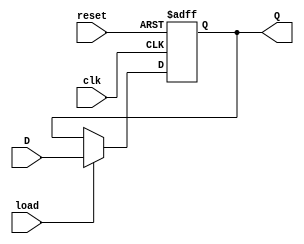
`timescale 1ns / 1ps
//////////////////////////////////////////////////////////////////////////////////
// Company: 
// Engineer: 
// 
// Design Name: 
// Module Name: register
// Project Name: 
// Target Devices: 
// Tool Versions: 
// Description: 
// 
// Dependencies: 
// 
// Revision:
// Revision 0.01 - File Created
// Additional Comments:
// 
//////////////////////////////////////////////////////////////////////////////////


module register(
   input clk , load , reset ,
   input [7:0] D ,
   output reg [7:0] Q 
    );
    always @ ( negedge clk or negedge reset) begin 
    
        
        if (!reset) 
            Q <= 'b0 ;
        else if (load)
            Q <= D ;
        else 
            Q <= Q ;
    
    
    end
endmodule